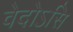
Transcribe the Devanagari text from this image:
वेदोऽसि